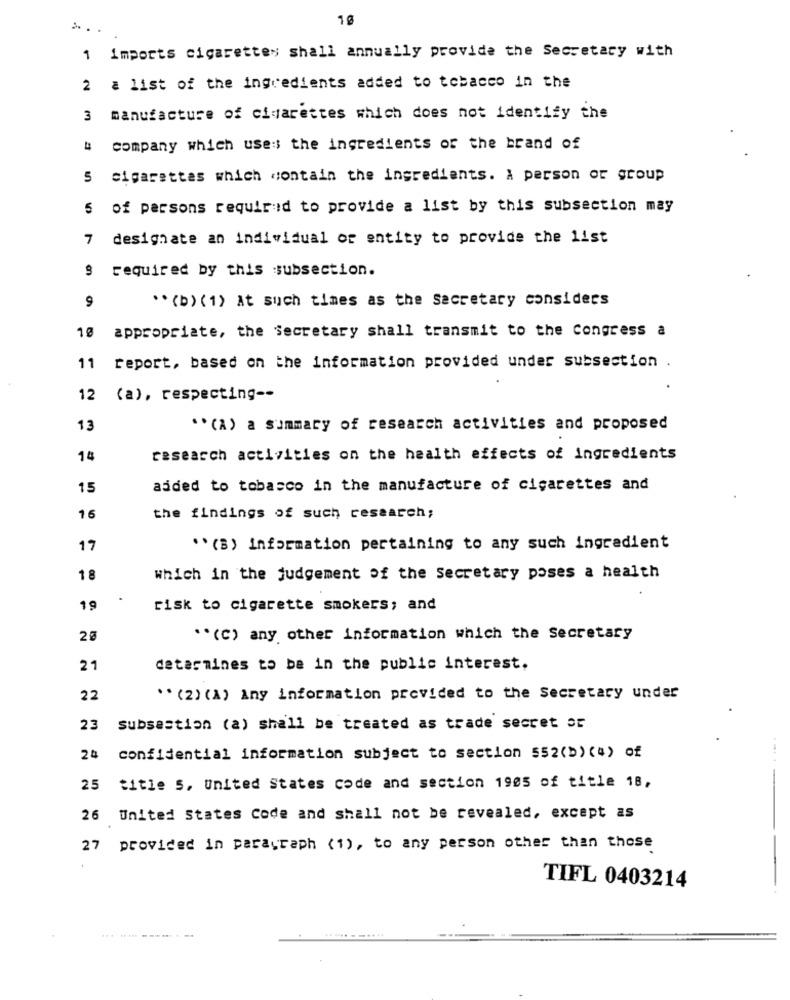
1 imports cigarettes shall annually provide the Secretary with
2 a list of the ingredients added to tobacco in the
3
manufacture of cigarettes which does not identify the
4
company which uses the ingredients of the brand of
cigarettes which contain the ingredients. A person or group
5 of persons required to provide a list by this subsection may
7 desighate an individual or entity to provide the list
required by this subsection.
** (b) (1) At such times as the Secretary considers
9
10 appropriate, the Secretary shall transmit to the Congress a
11 report, based on the information provided under subsection
12
(a), respecting --
13
** (A) a summary of research activities and proposed
14
research activities on the health effects of ingredients
15
ajded to tobacco in the manufacture of cigarettes and
16
the findings of such research;
17
"(B) information pertaining to any such ingredient
1 8
which in the judgement of the Secretary poses a health
19
risk to cigarette smokers; and
20
"(C) any other information which the Secretary
21
determines to be in the public interest.
22
" (2) (A) Any information provided to the Secretary under
23
Subsection (a) shall be treated as trade secret SE
24
confidential information subject to section 552(b) (4) of
25
title S, United States code and section 1905 of title 18,
26 United States Code and shall not be revealed, except as
27 provided in paragraph (1), to any person other than those
TIFL 0403214
....... - -....